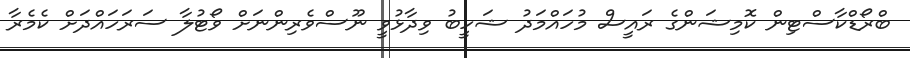
ބްރޯޑްކާސްޓިން ކޮމިޝަންގެ ރައީސް މުހައްމަދު ޝަހީބު ވިދާޅުވީ ނޫސްވެރިންނަށް ވޯޓުލާ ސަރަހައްދަށް ކެމެރާ